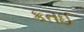
કતઈ